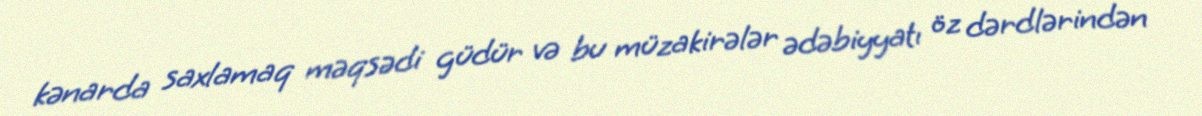
kənarda saxlamaq məqsədi güdür və bu müzakirələr ədəbiyyatı öz dərdlərindən